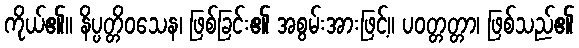
ကိုယ်၏။ နိပ္ပတ္တိဝသေန၊ ဖြစ်ခြင်း၏ အစွမ်းအားဖြင့်။ ပဝတ္တတ္တာ၊ ဖြစ်သည်၏